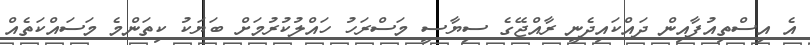
އެ އިސްތިއުފާއިން ދައްކައިދެނީ ރާއްޖޭގެ ސިޔާސީ މަސްރަހު ހައްލުކުރުމަށް ބަޔަކު ކިތަންމެ މަސައްކަތެއް